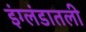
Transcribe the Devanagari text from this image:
इंग्लंडातली